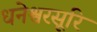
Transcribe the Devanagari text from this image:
धनेश्वरसूरि